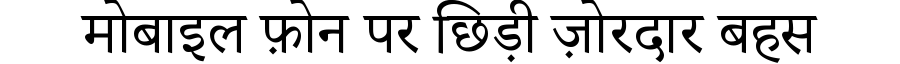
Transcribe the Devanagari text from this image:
मोबाइल फ़ोन पर छिड़ी ज़ोरदार बहस